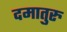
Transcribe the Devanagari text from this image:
दमातुरु